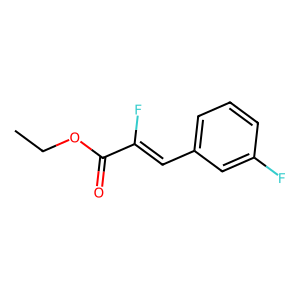
SMILES: CCOC(=O)C(F)=Cc1cccc(F)c1
Inhibits HIV replication: No